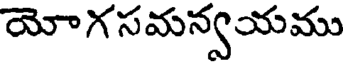
యోగసమన్వయము